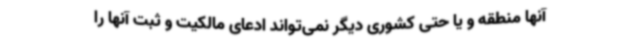
آنها منطقه و یا حتی کشوری دیگر نمی‌تواند ادعای مالکیت و ثبت آنها را